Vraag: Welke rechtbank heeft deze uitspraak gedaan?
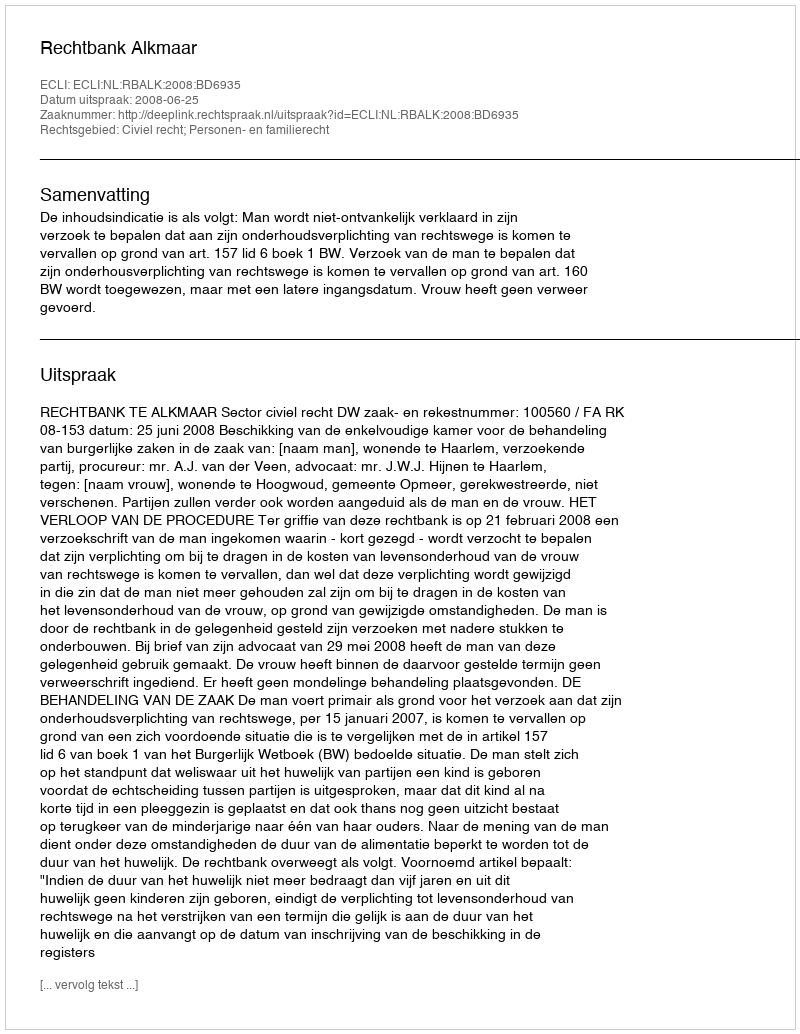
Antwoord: Rechtbank Alkmaar